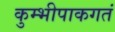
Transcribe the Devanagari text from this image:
कुम्भीपाकगतं